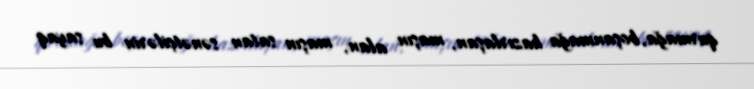
qurmağa, boşanmağa hazırlaşan, maşın alan, maşın satan sənətçilərin bu sayaq